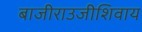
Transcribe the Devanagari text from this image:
बाजीराउजीशिवाय